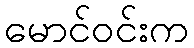
မောင်ဝင်းက